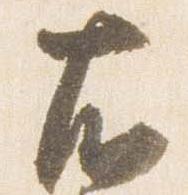
右